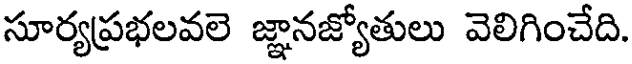
సూర్యప్రభలవలె జ్ఞానజ్యోతులు వెలిగించేది.